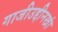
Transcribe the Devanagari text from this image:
गाजीउद्दीनखां